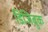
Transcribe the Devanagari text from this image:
डिजिबुक